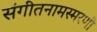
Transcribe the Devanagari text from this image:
संगीतनामस्मरणी